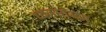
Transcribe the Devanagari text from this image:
ध्‍वजस्‍तंभम